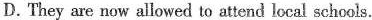
D.They are now allowed to attend local schools.